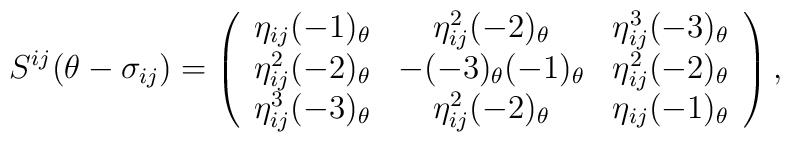
S^{ij}(\theta -\sigma _{ij})=\left( \begin{array}{ccc}\eta _{ij}(-1)_{\theta } & \eta _{ij}^{2}(-2)_{\theta } & \eta_{ij}^{3}(-3)_{\theta } \\ \eta _{ij}^{2}(-2)_{\theta } & -(-3)_{\theta }(-1)_{\theta } & \eta_{ij}^{2}(-2)_{\theta } \\ \eta _{ij}^{3}(-3)_{\theta } & \eta _{ij}^{2}(-2)_{\theta } & \eta_{ij}(-1)_{\theta }\end{array}\right),